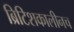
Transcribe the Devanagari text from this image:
ब्रिटिशकालीनच